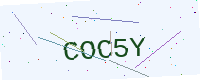
Text: COC5Y